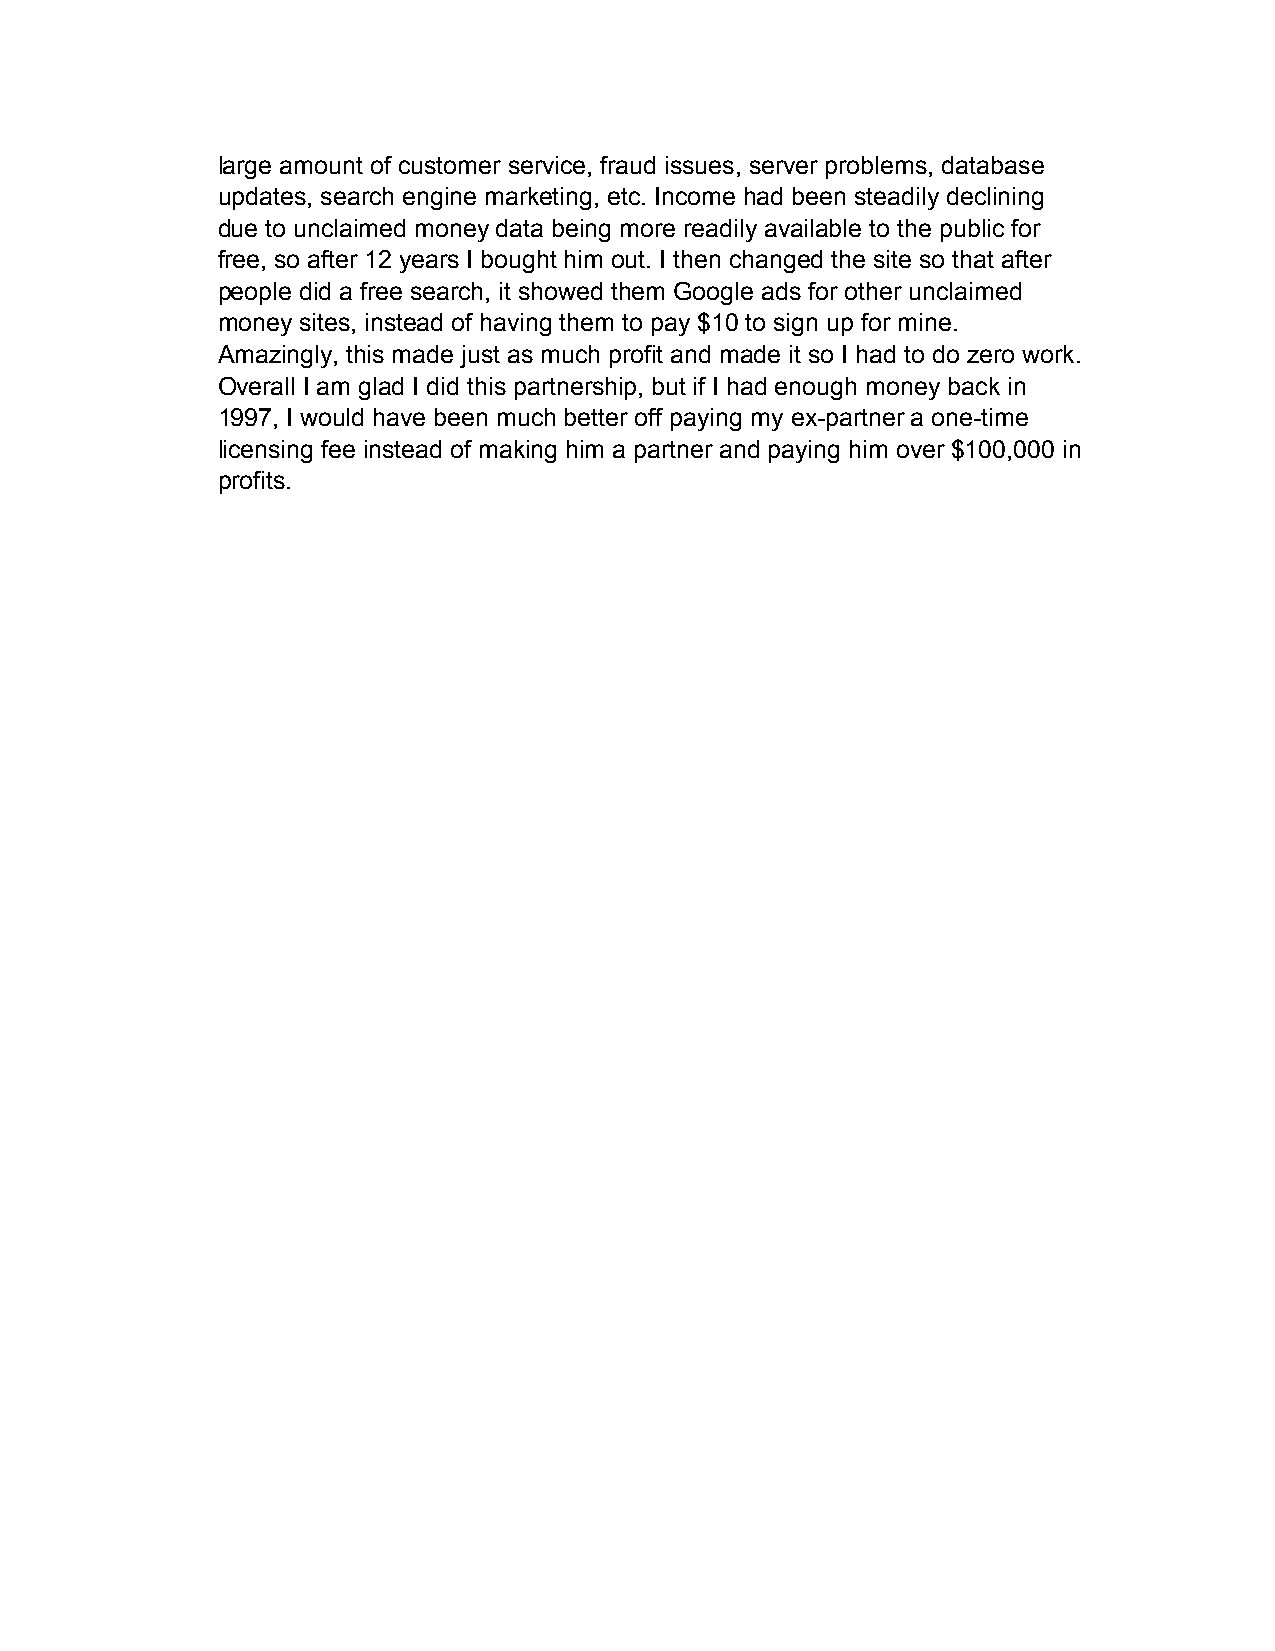
large amount of customer service, fraud issues, server problems, database
 updates, search engine marketing, etc. Income had been steadily declining
 due to unclaimed money data being more readily available to the public for
 free, so after 12 years I bought him out. I then changed the site so that after
 people did a free search, it showed them Google ads for other unclaimed
 money sites, instead of having them to pay $10 to sign up for mine.
 Amazingly, this made just as much profit and made it so I had to do zero work.
 Overall I am glad I did this partnership, but if I had enough money back in
 1997, I would have been much better off paying my ex-partner a one-time
 licensing fee instead of making him a partner and paying him over $100,000 in
 profits.